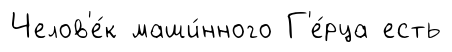
Челов'е́к маши́нного Г'е́рца есть